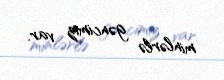
minlərlə gəncimiz var.